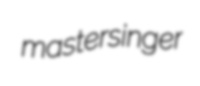
mastersinger